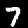
Label: 7